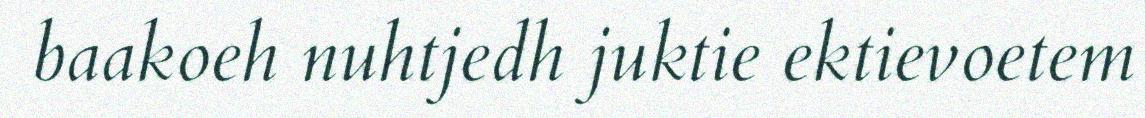
baakoeh nuhtjedh juktie ektievoetem